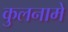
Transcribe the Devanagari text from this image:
कुलनामे